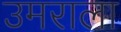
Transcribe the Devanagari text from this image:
उमराला